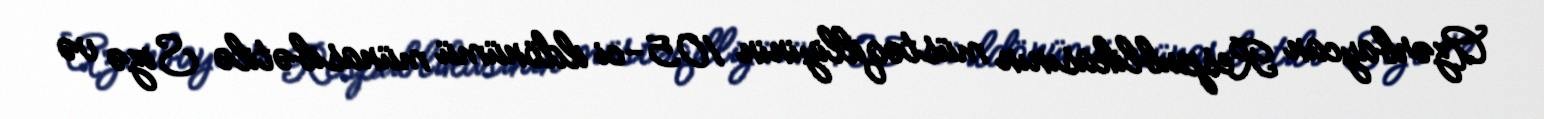
Azərbaycan Respublikasının müstəqilliyinin 105-ci ildönümü münasibətilə Sizə və